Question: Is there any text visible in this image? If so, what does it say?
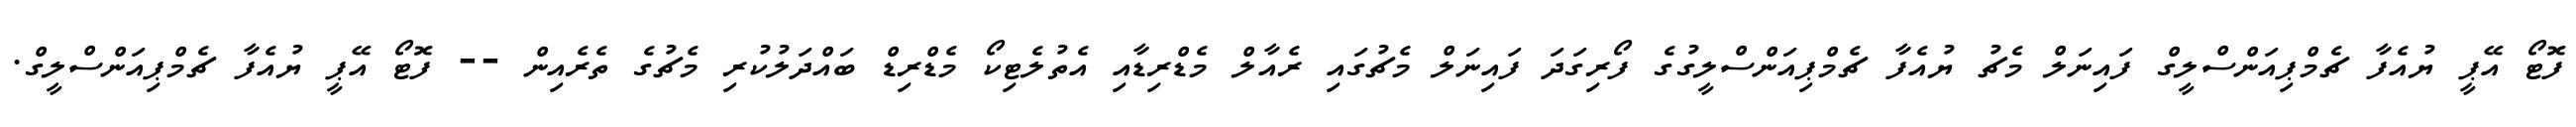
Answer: ފޮޓޯ އޭޕީ ޔުއެފާ ޗެމްޕިއަންސްލީގް ފައިނަލް މެޗު ޔުއެފާ ޗެމްޕިއަންސްލީގުގެ ފޯރިގަދަ ފައިނަލް މެޗުގައި ރެއާލް މެޑްރިޑާއި އެތުލެޓިކޯ މެޑްރިޑް ބައްދަލުކުރި މެޗުގެ ތެރެއިން -- ފޮޓޯ އޭޕީ ޔުއެފާ ޗެމްޕިއަންސްލީގް.